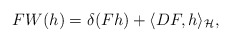
\begin{align*}FW(h)=\delta(Fh)+\langle DF, h\rangle_\mathcal H,\end{align*}